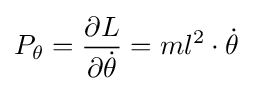
P_{\theta }={\frac {\partial L}{\partial {\dot {\theta }}}}=ml^{2}\cdot {\dot {\theta }}